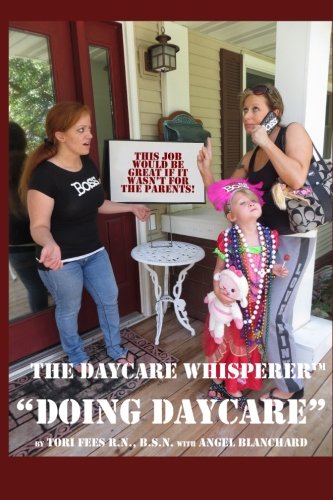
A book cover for Daycare Whisperer Doing Daycare: This Job Would be Great if it Wasn't for the Parents; Tori Fees; Parenting & Relationships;